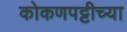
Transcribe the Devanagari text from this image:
कोकणपट्टीच्या